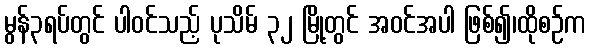
မွန်၃ရပ်တွင် ပါဝင်သည့် ပုသိမ် ၃၂ မြို့တွင် အဝင်အပါ ဖြစ်၍၊ထိုစဉ်က